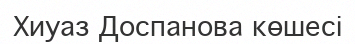
Хиуаз Доспанова көшесі